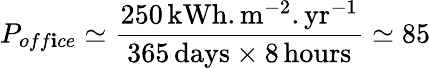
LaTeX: P_{off\mathbf{i}ce}\simeq\frac{{250\, \mathrm{{kWh.m^{-2}.yr^{-1}}}}}{{365\mathrm{{\, days\times8\, hours}}}}\simeq85